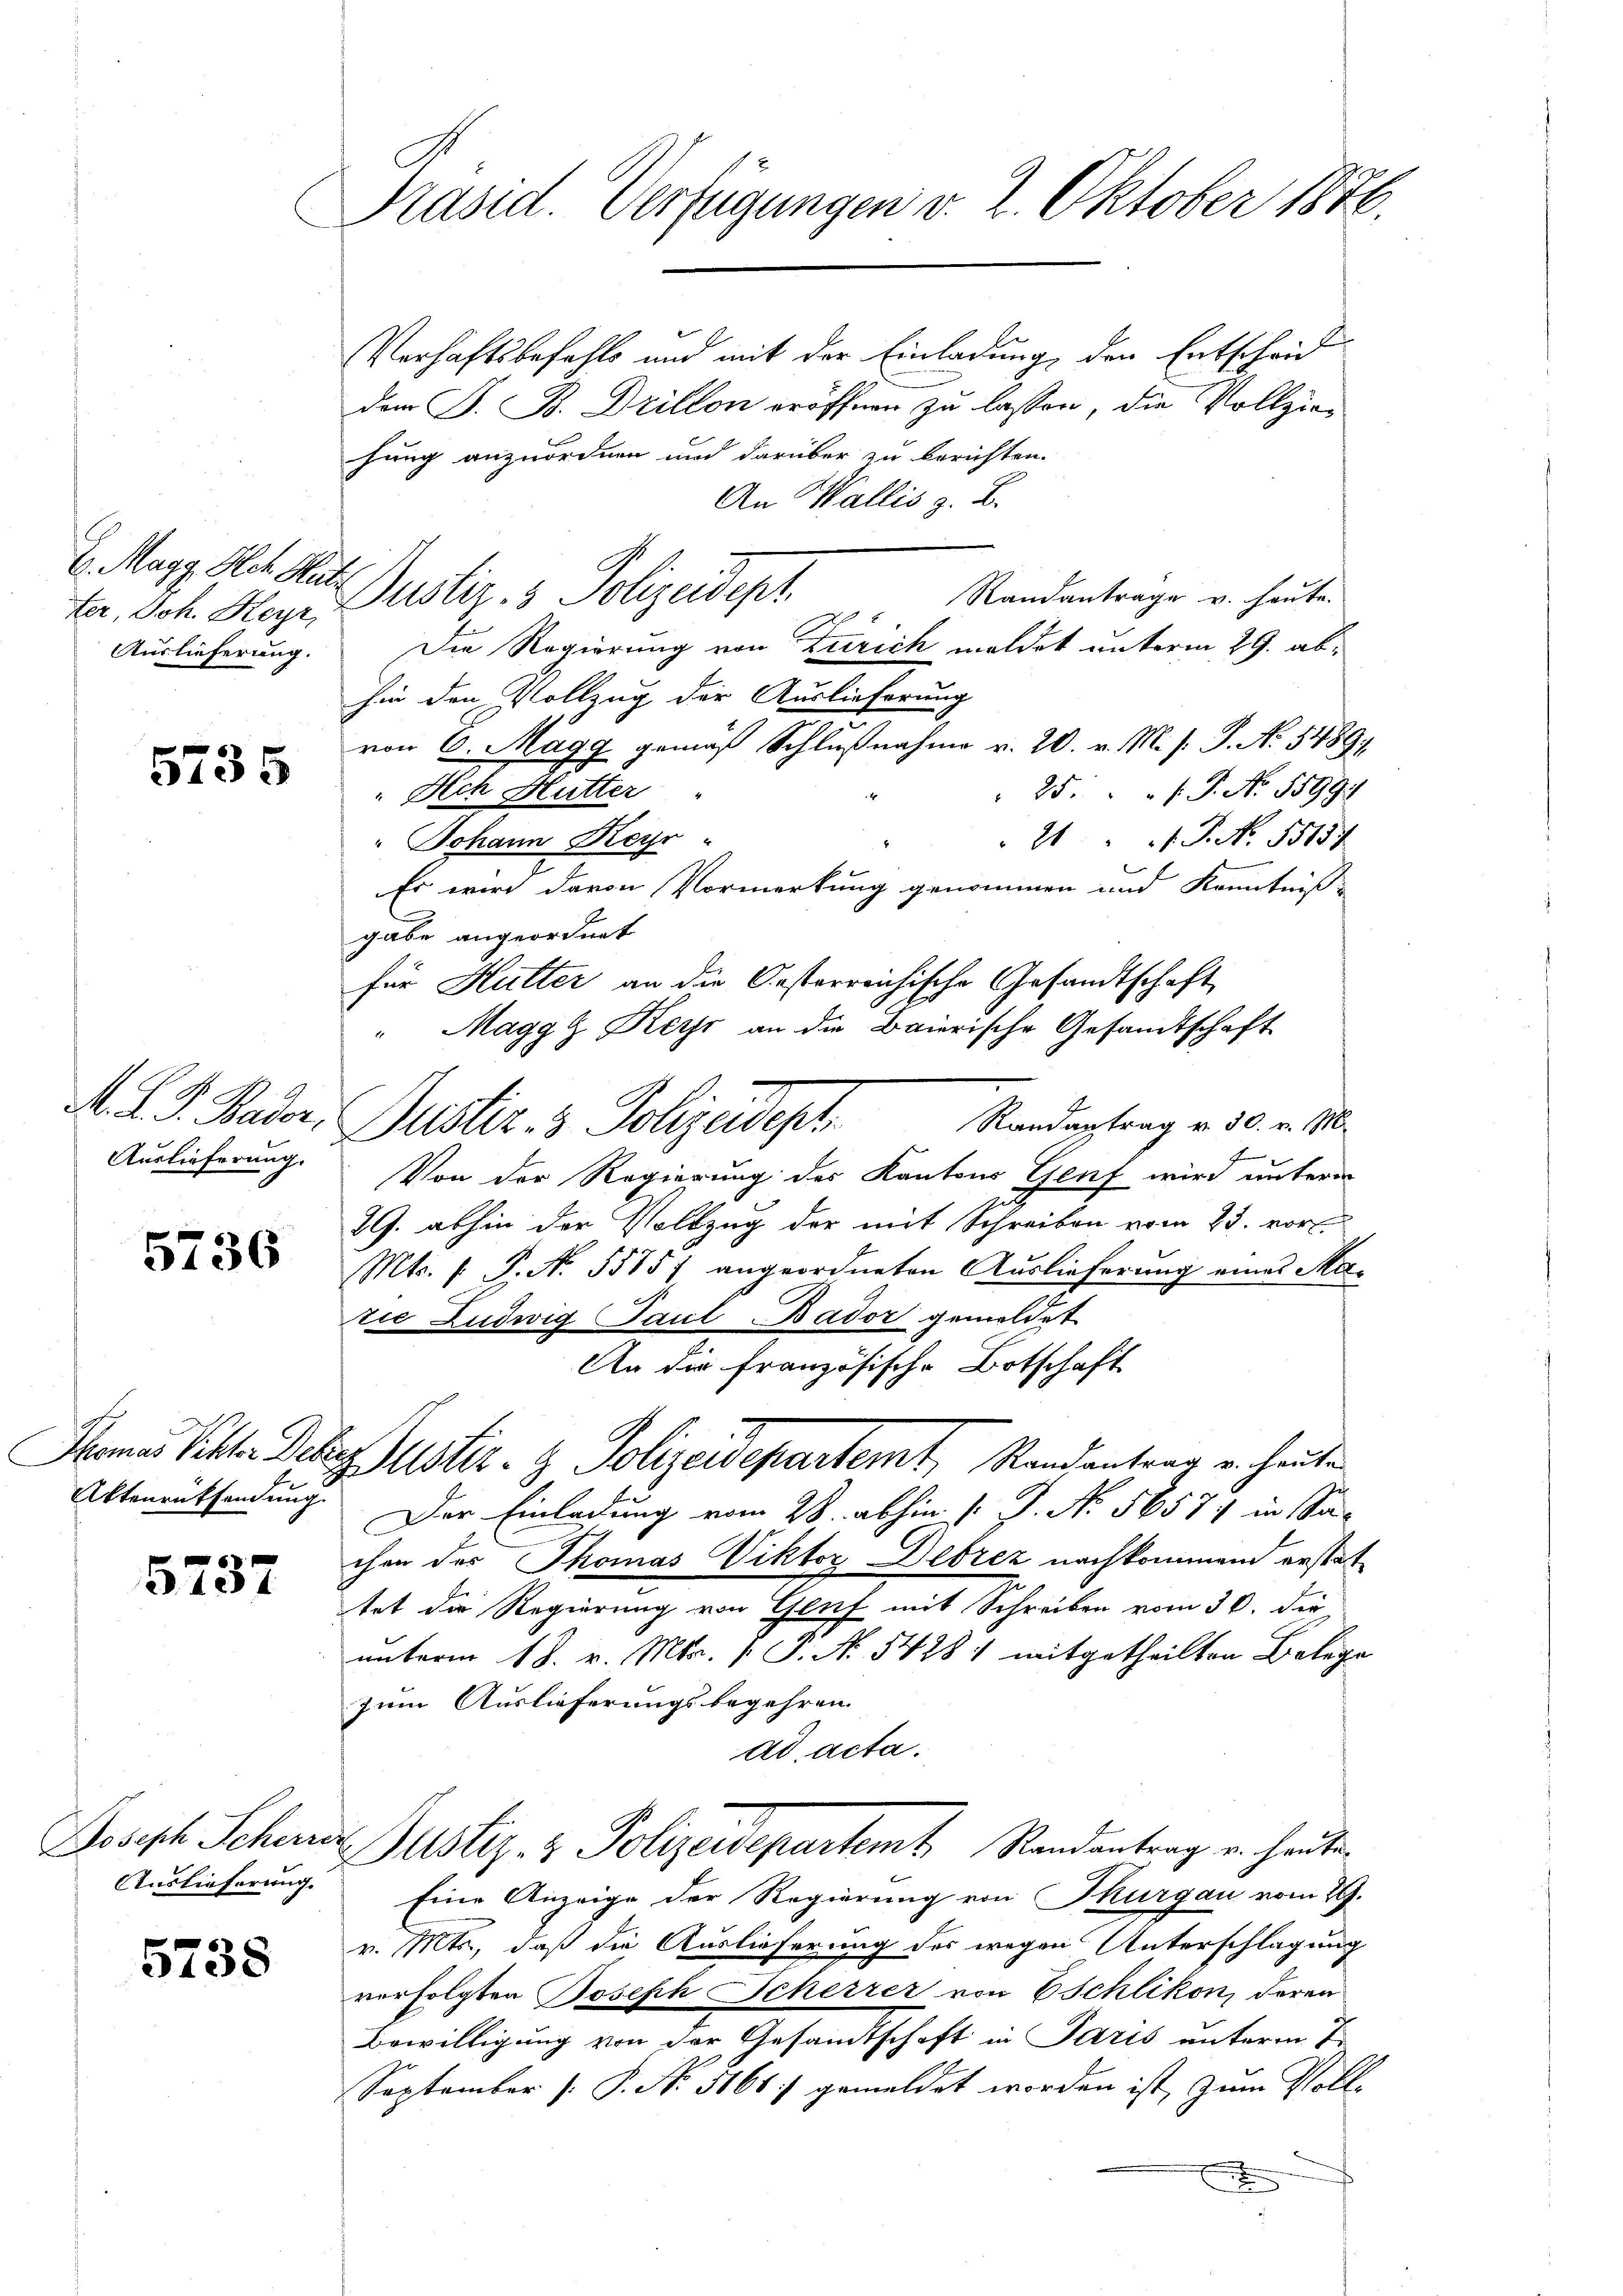
fer, Joh. Keyr,
Auslieferung.

5735

M. L. S. Bader,
Auslieferung.

5736

Thomas Rektor Deber
Aktenrüksendung.

5737

Auslieferung.

5738

Präsid. Verfügungen v. 2. Oktober 1876.

l. Marg. Rat Mut Justiz- & Polizeidept.

Verhaftsbefehls und mit der Einladung, den Entscheid
dem S. B. Drillon eröffnen zu lassen, die Vollziehung anzuordnen und darüber zu berichten.
An Wallis z. B.
Randantrage v. heute.
8
Die Regierung von Zürich meldet unterm 29. abhin den Vollzug der Auslieferung
von 6. Magg gemäß Schlußnahme v. 20. v. M. s. S. N. 5489)
25: P. Nr. 15991
Ach Hutter
" Johann Keyr
.P. Nr. 55134/
Es wird davon Vormerkung genommen und Kenntniß
gabe angeordnet
für Hütter an die Oesterreichische Gesandtschaft
"Maggg Keyr an die Baierische Gesandtschaft
Randantrag v. 30. v. M.
Puster. v. Polizeidept
Von der Regierung des Kantons Genf wird unterm
gul
29. abhin der Vollzug der mit Schreiben vom 23. vor.
Mts. 1. P. N. 5515) angeordneten Auslieferung eines Marie Ludwig Paul Bador gemeldet
An die französische Botschaft
Justiz- & Polizeidepartemt, Randantrag u. heute
Der Einladung vom 28. abhin (: J. No. 56577 in Sachen des Thomas Viktor Debrez nachkommend erstattet die Regierung von Glief mit Schreiben vom 30. der
unterm 18. v. Mts. [ P. Nr. 54281 mitgetheilten Belege
zum Auslieferungsbegehren
ad acta.
Dosisch Scheuer Justiz- & Polizeidepartem Randantrag u. heute
Eine Anzeige der Regierung von Thurgau vom 29.
v. Mts., daß die Auslieferung des wegen Unterschlagung
verfolgten Joseph Scherrer von 6 Schlikon, deren
Bewilligung von der Gesandtschaft in Paris unterm 1.
September [ P. No. 5161. gemeldet worden ist, zum Poll-
x